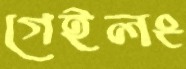
গেইলং